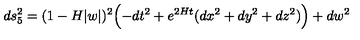
d s _ { 5 } ^ { 2 } = ( 1 - H | w | ) ^ { 2 } \Bigl ( - d t ^ { 2 } + e ^ { 2 H t } ( d x ^ { 2 } + d y ^ { 2 } + d z ^ { 2 } ) \Bigr ) + d w ^ { 2 }